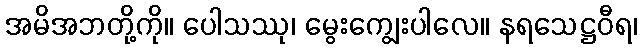
အမိအဘတို့ကို။ ပေါသဿု၊ မွေးကျွေးပါလေ။ နရသေဋ္ဌဝီရ၊